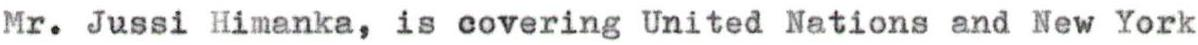
Mr. Jussi Himanka, is covering United Nations and New York